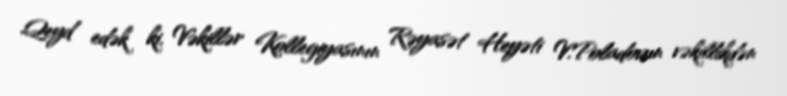
Qeyd edək ki, Vəkillər Kollegiyasının Rəyasət Heyəti V.Poladovun vəkillikdən